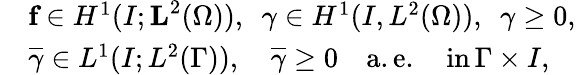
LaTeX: \begin{array}{rl}&{\textbf{f}\in H^{1}(I;\textbf{L}^{2}(\Omega)),\, \, \, \gamma\in H^{1}(I,L^{2}(\Omega)),\, \, \, \gamma\ge 0,}\\ &{\overline{{\gamma}}\in L^{1}(I;L^{2}(\Gamma)),\quad\overline{{\gamma}}\ge 0\quad\mathrm{a.e.~\, \, \, ~in}\, \Gamma\times I,}\end{array}